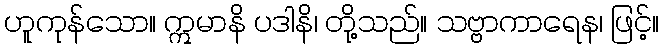
ဟူကုန်သော။ ဣမာနိ ပဒါနိ၊ တို့သည်။ သဗ္ဗာကာရေန၊ ဖြင့်။